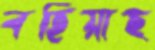
বহিয়াছ